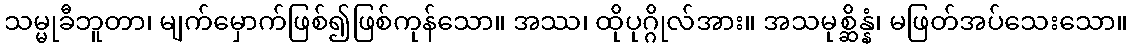
သမ္မုခီဘူတာ၊ မျက်မှောက်ဖြစ်၍ဖြစ်ကုန်သော။ အဿ၊ ထိုပုဂ္ဂိုလ်အား။ အသမုစ္ဆိန္နံ၊ မဖြတ်အပ်သေးသော။